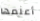
أعلمها